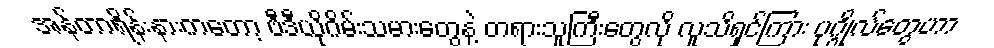
အန်တာရိန်းနားကတော့ ဗီဒီယိုဂိမ်းသမားတွေနဲ့ တရားသူကြီးတွေလို လူသိရှင်ကြား ပုဂ္ဂိုလ်တွေဟာ